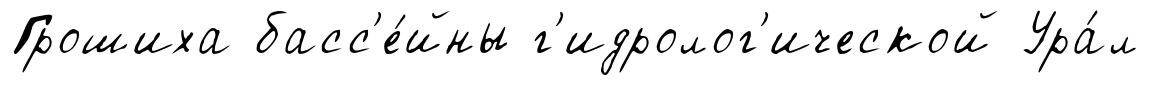
Грошиха басс'е́йны г'идролог'ической Ура́л